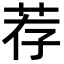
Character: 荐